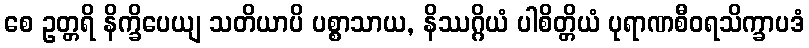
စေ ဥတ္တရိ နိက္ခိပေယျ သတိယာပိ ပစ္စာသာယ, နိဿဂ္ဂိယံ ပါစိတ္တိယံ ပုရာဏစီဝရသိက္ခာပဒံ